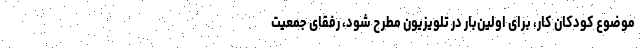
موضوع کودکان کار، برای اولین‌بار در تلویزیون مطرح شود، رفقای جمعیت